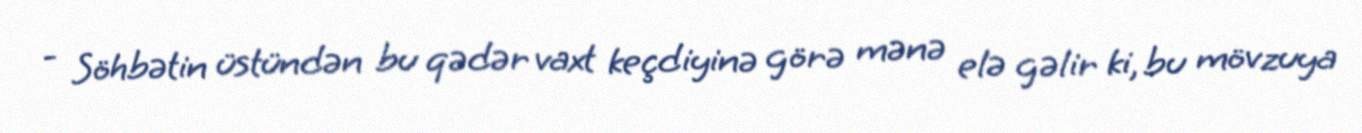
- Söhbətin üstündən bu qədər vaxt keçdiyinə görə mənə elə gəlir ki, bu mövzuya